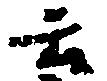
云